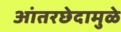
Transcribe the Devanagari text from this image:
आंतरछेदामुळे